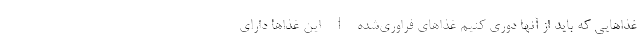
غذاهایی که باید از آنها دوری کنیم غذاهای فراوری‌شده | این غذاها دارای